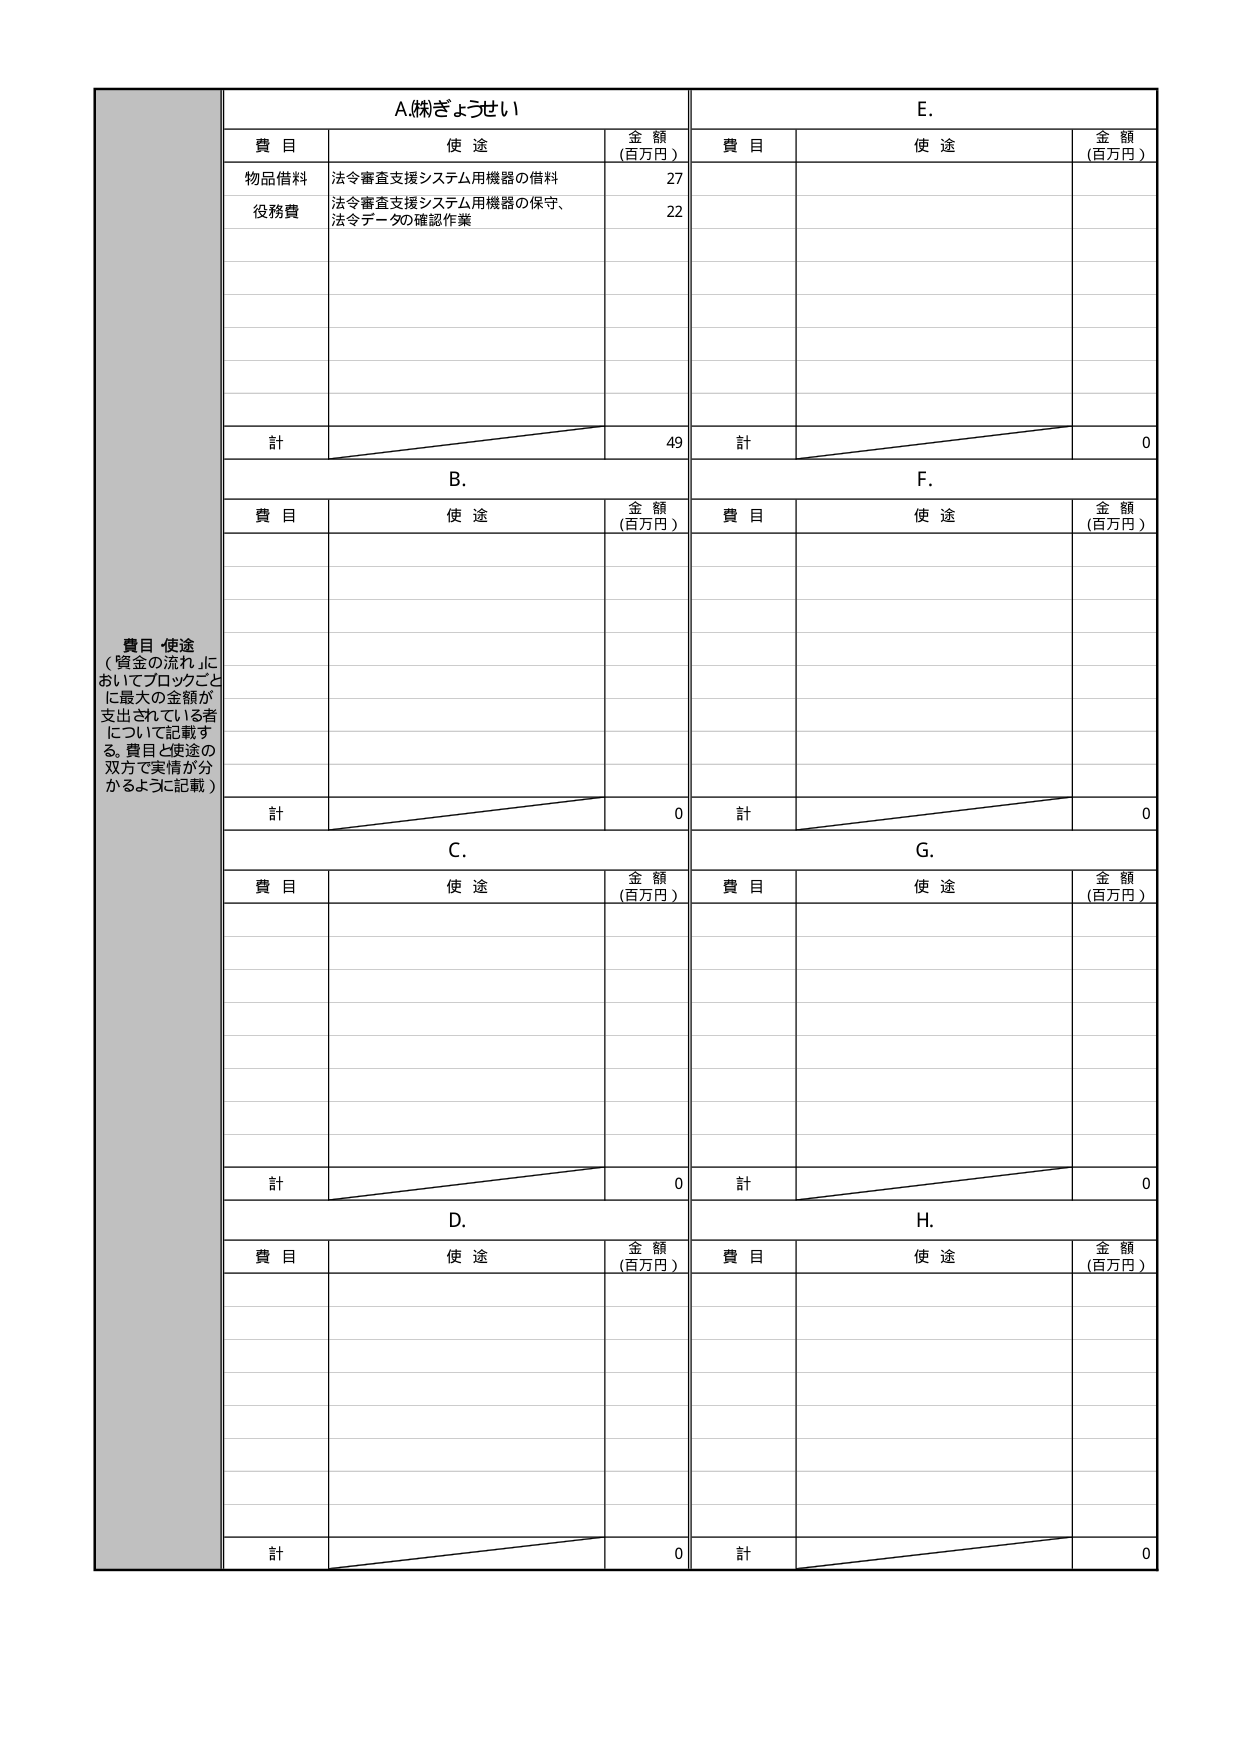
A. ㈱ぎょうせい
費 目　　使 途　　金 額（百万円）
物品借料　法令審査支援システム用機器の借料　27
役務費　法令審査支援システム用機器の保守、法令データの確認作業　22
計　49

B.
費 目　　使 途　　金 額（百万円）
計　0

C.
費 目　　使 途　　金 額（百万円）
計　0

D.
費 目　　使 途　　金 額（百万円）
計　0

E.
費 目　　使 途　　金 額（百万円）
計　0

F.
費 目　　使 途　　金 額（百万円）
計　0

G.
費 目　　使 途　　金 額（百万円）
計　0

H.
費 目　　使 途　　金 額（百万円）
計　0

費目 使途
（「資金の流れ」においてブロックごとに最大の金額が支出されている者について記載する。費目と使途の双方で実情が分かるように記載）